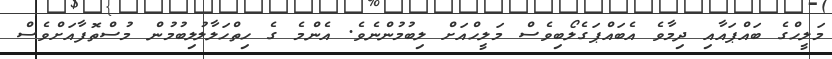
މަލީހްގެ ބައްޕައާއި ދިމާވެ އެބައްޕަގެލޯބިވެސް މަލީހްއަށް ލިބުމުންނެވެ. އެންމެ ގެ ހިތްހަލާލުލިބުމުން މުސްތޮފާއަށްވެސް